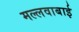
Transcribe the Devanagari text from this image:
मल्लवाबाई